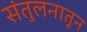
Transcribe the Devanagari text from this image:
संतुलनातून